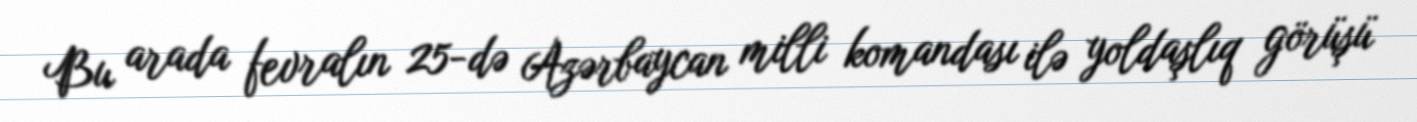
Bu arada fevralın 25-də Azərbaycan milli komandası ilə yoldaşlıq görüşü